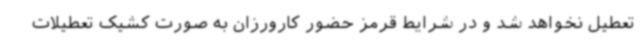
تعطیل نخواهد شد و در شرایط قرمز حضور کارورزان به صورت کشیک تعطیلات